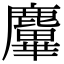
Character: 𪋜